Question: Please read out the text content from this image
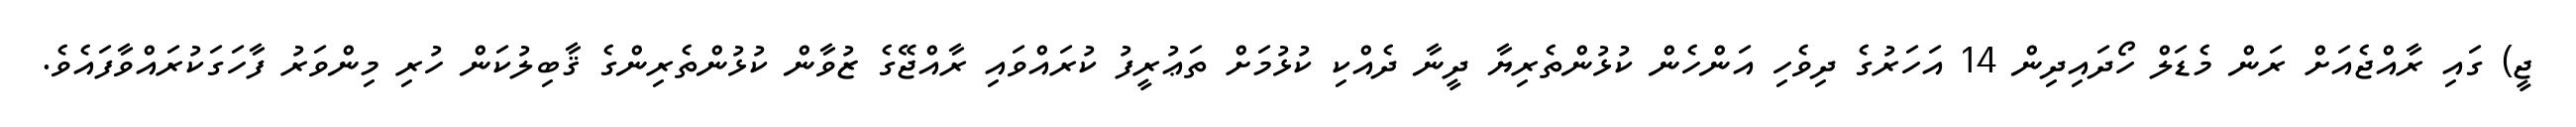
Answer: ޖީ) ގައި ރާއްޖެއަށް ރަން މެޑަލް ހޯދައިދިން 14 އަހަރުގެ ދިވެހި އަންހެން ކުޅުންތެރިޔާ ދީނާ ދެއްކި ކުޅުމަށް ތަޢުރީފު ކުރައްވައި ރާއްޖޭގެ ޒުވާން ކުޅުންތެރިންގެ ޤާބިލުކަން ހުރި މިންވަރު ފާހަގަކުރައްވާފައެވެ.